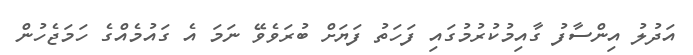
އަދުލު އިންސާފު ގާއިމުކުރުމުގައި ފަހަތު ފަޔަށް ބުރަވެވޭ ނަމަ އެ ގައުމެއްގެ ހަމަޖެހުން